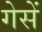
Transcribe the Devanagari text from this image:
गेसें